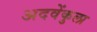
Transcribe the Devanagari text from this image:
अदवेंकुला